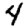
Digit: 4